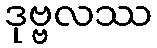
ဒုဗ္ဗလဿ